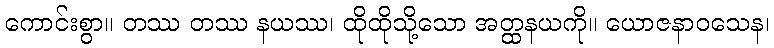
ကောင်းစွာ။ တဿ တဿ နယဿ၊ ထိုထိုသို့သော အတ္ထနယကို။ ယောဇနာဝသေန၊